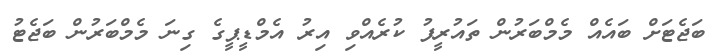
ބަޖެޓަށް ބައެއް މެމްބަރުން ތައުރީފު ކުރެއްވި އިރު އެމްޑީޕީގެ ގިނަ މެމްބަރުން ބަޖެޓު